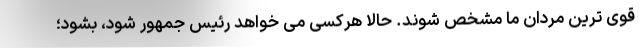
قوی ترین مردان ما مشخص شوند. حالا هرکسی می خواهد رئیس جمهور شود، بشود؛